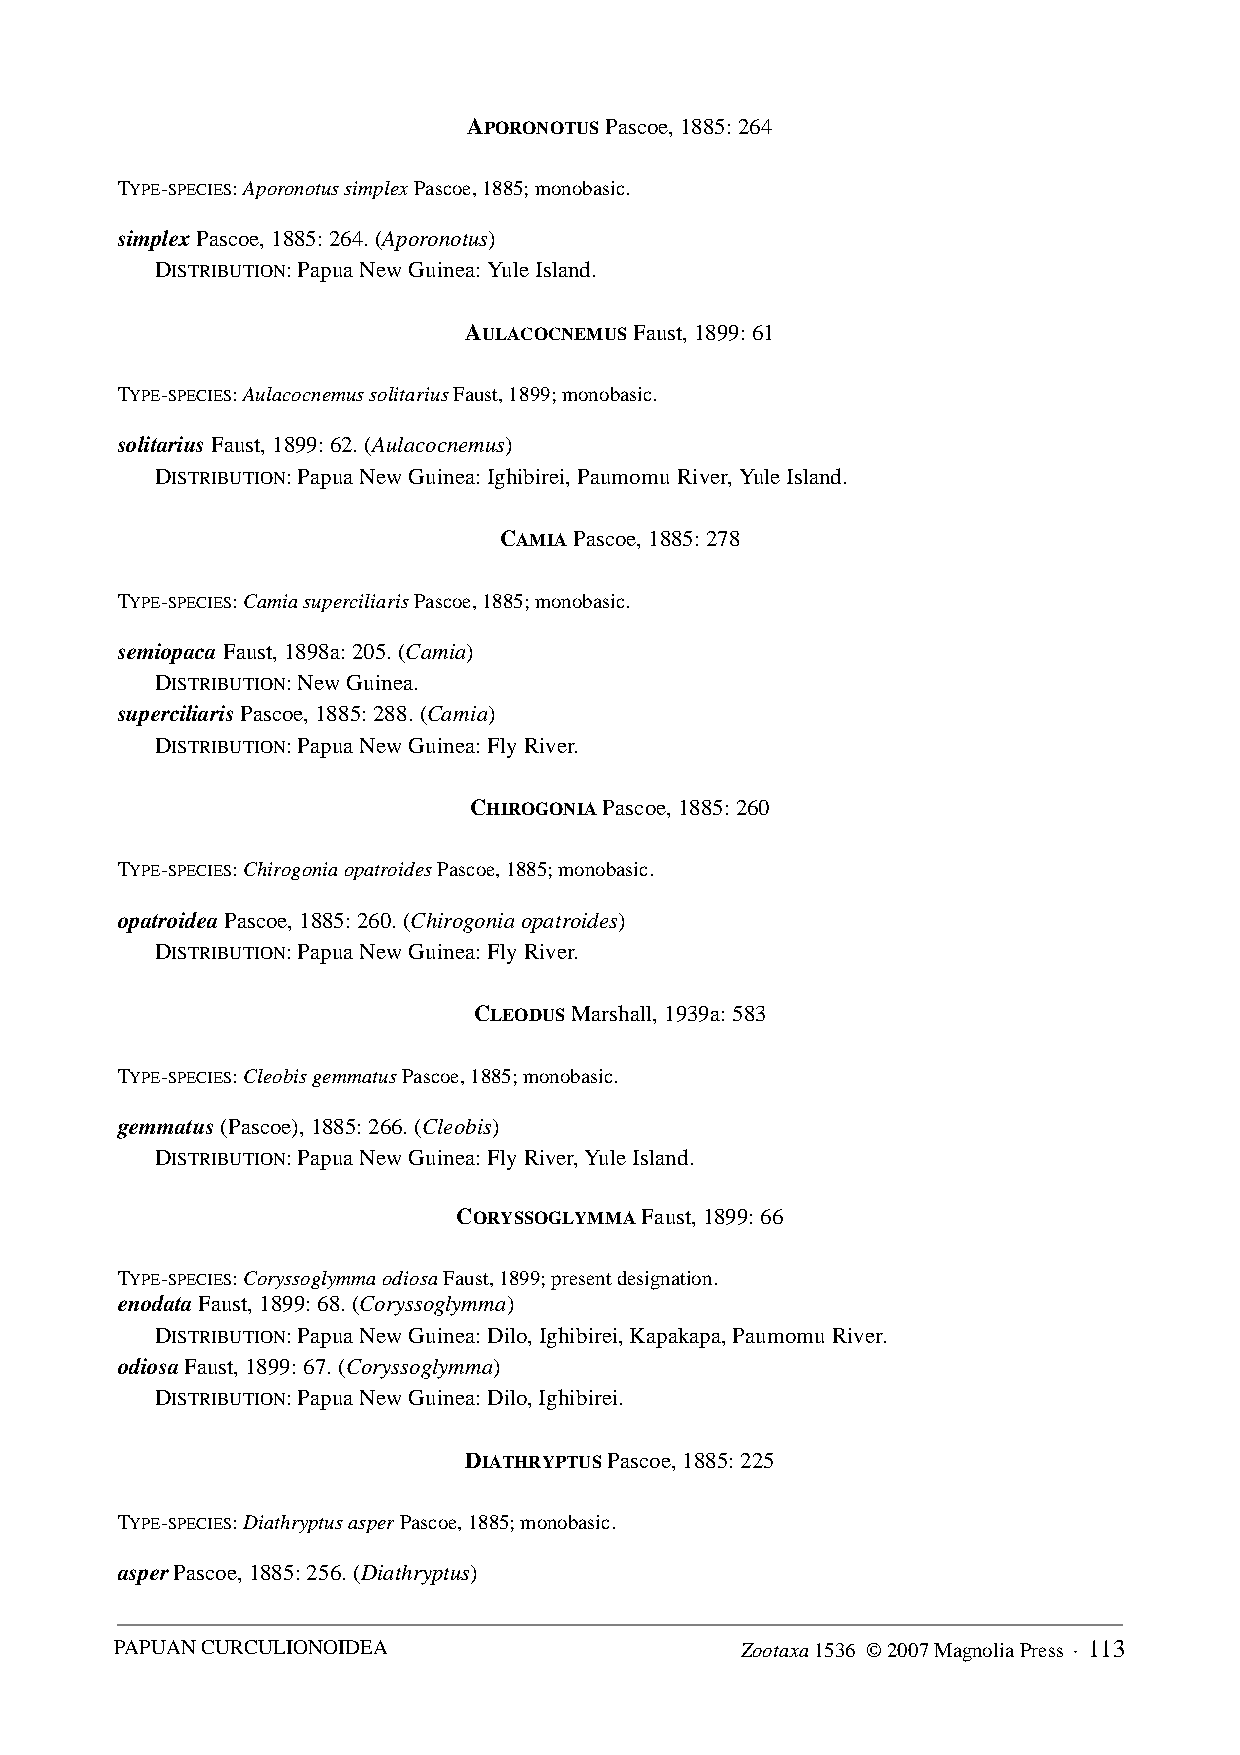
APORONOTUS Pascoe, 1885: 264
 TYPE-SPECIES: Aporonotus simplex Pascoe, 1885; monobasic.
 simplex Pascoe, 1885: 264. (Aporonotus)
 DISTRIBUTION: Papua New Guinea: Yule Island.
 AULACOCNEMUS Faust, 1899: 61
 TYPE-SPECIES: Aulacocnemus solitarius Faust, 1899; monobasic.
 solitarius Faust, 1899: 62. (Aulacocnemus)
 DISTRIBUTION: Papua New Guinea: Ighibirei, Paumomu River, Yule Island.
 CAMIA Pascoe, 1885: 278
 TYPE-SPECIES: Camia superciliaris Pascoe, 1885; monobasic.
 semiopaca Faust, 1898a: 205. (Camia)
 DISTRIBUTION: New Guinea.
 superciliaris Pascoe, 1885: 288. (Camia)
 DISTRIBUTION: Papua New Guinea: Fly River.
 CHIROGONIA Pascoe, 1885: 260
 TYPE-SPECIES: Chirogonia opatroides Pascoe, 1885; monobasic.
 opatroidea Pascoe, 1885: 260. (Chirogonia opatroides)
 DISTRIBUTION: Papua New Guinea: Fly River.
 CLEODUS Marshall, 1939a: 583
 TYPE-SPECIES: Cleobis gemmatus Pascoe, 1885; monobasic.
 gemmatus (Pascoe), 1885: 266. (Cleobis)
 DISTRIBUTION: Papua New Guinea: Fly River, Yule Island.
 CORYSSOGLYMMA Faust, 1899: 66
 TYPE-SPECIES: Coryssoglymma odiosa Faust, 1899; present designation.
 enodata Faust, 1899: 68. (Coryssoglymma)
 DISTRIBUTION: Papua New Guinea: Dilo, Ighibirei, Kapakapa, Paumomu River.
 odiosa Faust, 1899: 67. (Coryssoglymma)
 DISTRIBUTION: Papua New Guinea: Dilo, Ighibirei.
 DIATHRYPTUS Pascoe, 1885: 225
 TYPE-SPECIES: Diathryptus asper Pascoe, 1885; monobasic.
 asper Pascoe, 1885: 256. (Diathryptus)
 PAPUAN CURCULIONOIDEA                    Zootaxa 1536 © 2007 Magnolia Press · 113